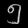
Digit: ၅